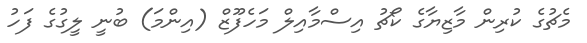
މެޗުގެ ކުރިން މާޒިޔާގެ ކޯޗު އިސްމާއިލް މަހެފޫޒް (އިންމަ) ބުނީ ލީގުގެ ފަހު